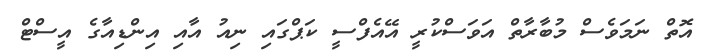
އޮތް ނަމަވެސް މުބާރާތް އަވަސްކުރީ އޭއެފްސީ ކަޕްގައި ނިއު އާއި އިންޑިއާގެ އީސްޓް